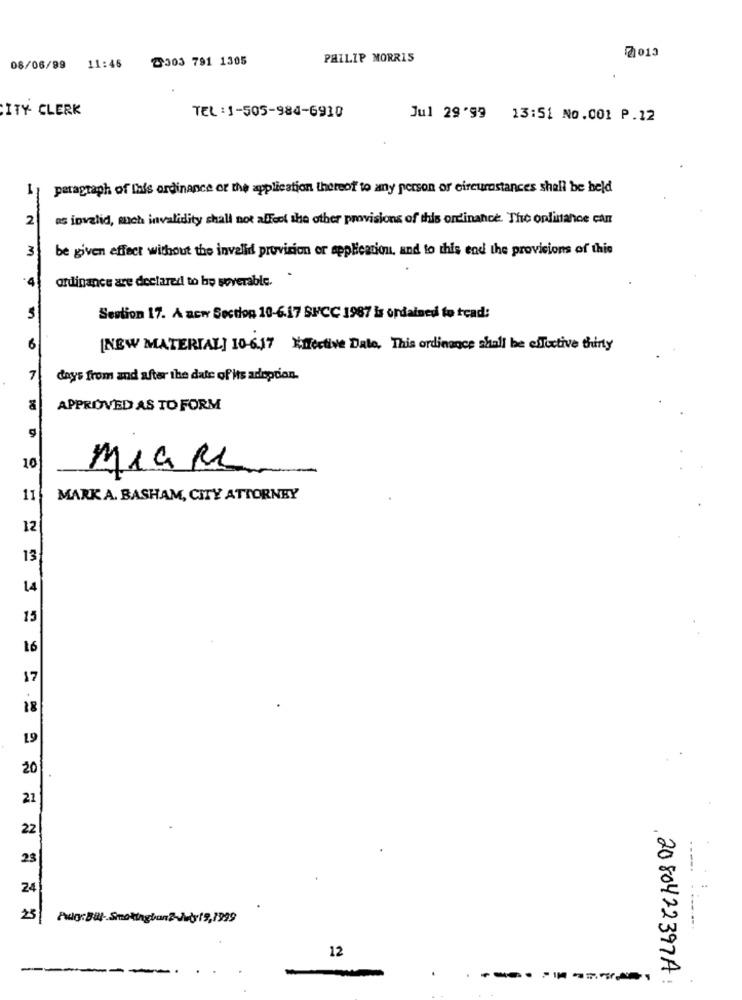
2303 791 1305
PHILIP MORRIS
7013
08/06/99 11:46
ITY- CLERK
TEL :1-505-984-6910
Jul 29'99 13:51 No.001 P.12
paragraph of This ordinance or the application thereof to any person or circumstances shall be held
2
as invalid, much invalidity shall not affect the other provisions of this ordinance. The onlinance can
3
be given effect without the invalid provision or application, and to this end the provisions of this
·4
ordinance are declared to ho soverable.
Section 17. A new Section 10-6.17 SUCC 1987 is ordainedi to read:
6
[NEW MATERIAL] 10-6.17 Effective Date, This ordinance shall be effective thirty
7
days from and after the date of its adoption.
APPROVED AS TO FORM
10
MIGRE
11
MARK A. BASHAM, CITY ATTORNEY
12
13
14
15
16
17
18
19
20
21
22
23
24
25
12
----
2080422397A